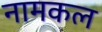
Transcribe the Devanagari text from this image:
नामकल